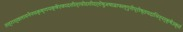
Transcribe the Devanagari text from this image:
तत्राश्वलायनेनचकृष्णपक्षेएकादशीत्रयोदशीदर्शेषुअषाढाफल्गुनीप्रोष्ठपदाभिन्नर्क्षेउक्तं